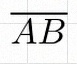
\overline{AB}